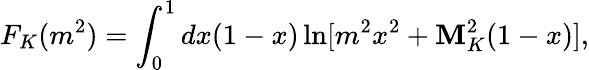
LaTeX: F_{K}(m^{2})=\int_{0}^{1}dx(1-x)\ln[m^{2}x^{2}+\mathbf{M}_{K}^{2}(1-x)],